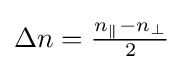
{\textstyle \Delta n={\frac {n_{\parallel }-n_{\perp }}{2}}}